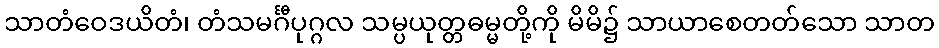
သာတံဝေဒယိတံ၊ တံသမင်္ဂီပုဂ္ဂလ သမ္ပယုတ္တဓမ္မတို့ကို မိမိ၌ သာယာစေတတ်သော သာတ